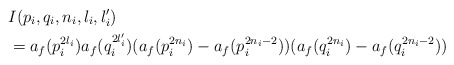
\begin{align*}&I(p_i,q_i,n_i,l_i,l_i')\\& = a_f(p_i^{2l_i})a_f(q_i^{2l_i'})(a_f(p_i^{2n_i}) - a_f(p_i^{2n_i-2}))(a_f(q_i^{2n_i}) - a_f(q_i^{2n_i-2}))\\\end{align*}